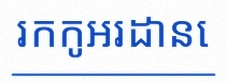
រកកូអរដោនេ